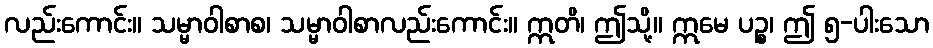
လည်းကောင်း။ သမ္မာဝါစာစ၊ သမ္မာဝါစာလည်းကောင်း။ ဣတိ၊ ဤသို့။ ဣမေ ပဉ္စ၊ ဤ ၅-ပါးသော